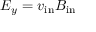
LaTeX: E _ { y } = v _ { \mathrm { i n } } B _ { \mathrm { i n } }